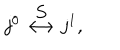
j ^ { 0 } \mathop { \longleftrightarrow } ^ { \displaystyle S } j ^ { 1 } ,